Snake-venoms in relation to hæmolysis - Number 17
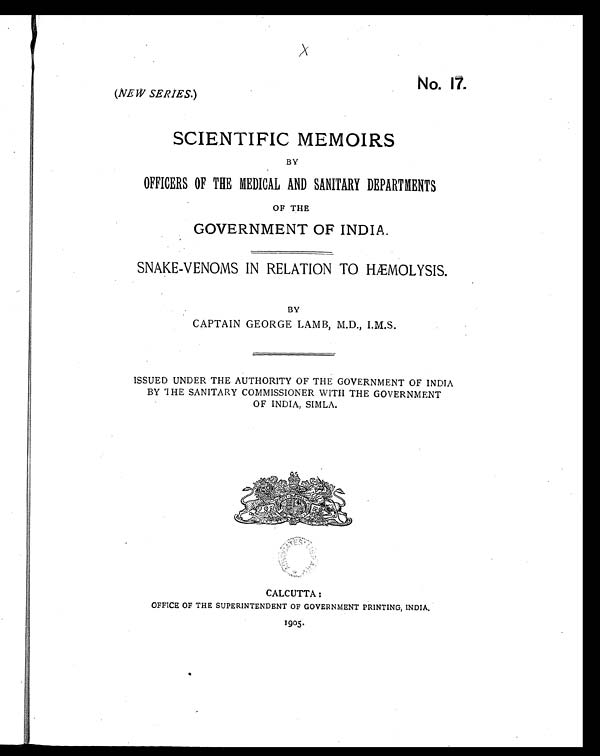
No. 17.
(NEW SERIES.)
SCIENTIFIC MEMOIRS
BY
OFFICERS OF THE MEDICAL AND SANITARY DEPARTMENTS
OF THE
GOVERNMENT OF INDIA.
SNAKE-VENOMS IN RELATION TO HÆMOLYSIS.
BY
CAPTAIN GEORGE LAMB, M.D., I.M.S.
ISSUED UNDER THE AUTHORITY OF THE GOVERNMENT OF INDIA
BY THE SANITARY COMMISSIONER WITH THE GOVERNMENT
OF INDIA, SIMLA.
CALCUTTA :
OFFICE OF THE SUPERINTENDENT OF GOVERNMENT PRINTING, INDIA.
1905.